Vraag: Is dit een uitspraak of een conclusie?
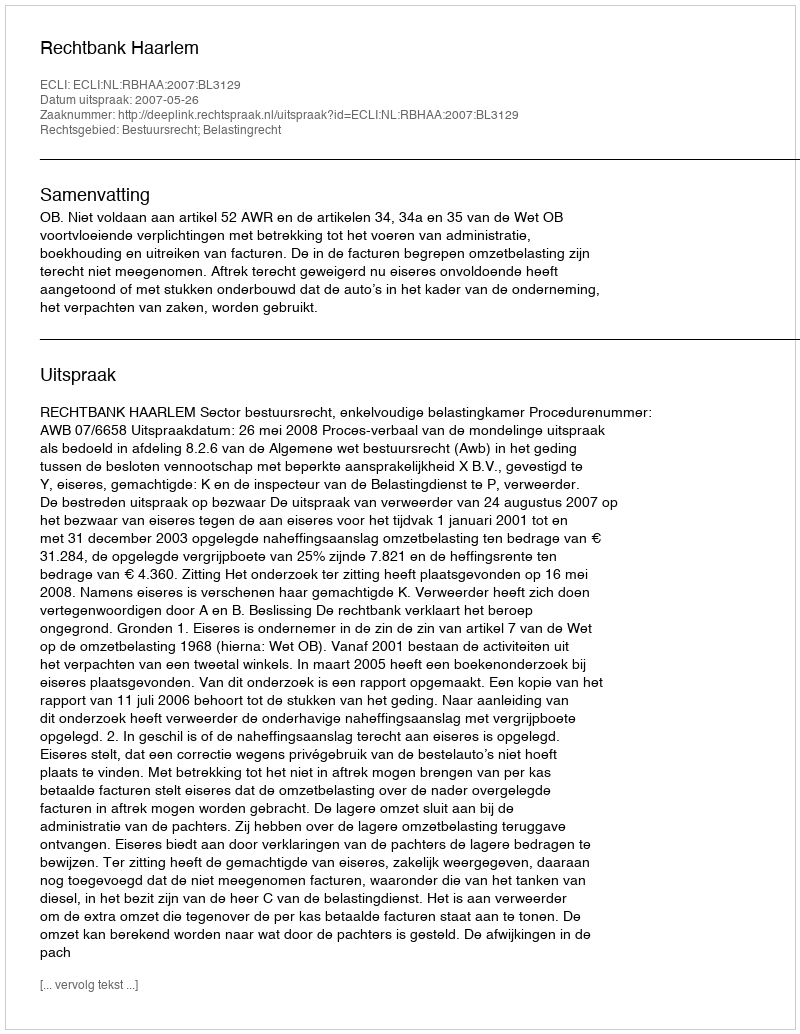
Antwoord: Uitspraak